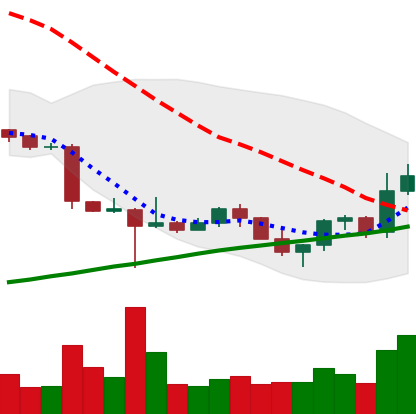
Ticker: ETC-USD
Chart end date: 2022-10-26
Forward return: -4.778%
Label: down_3_5